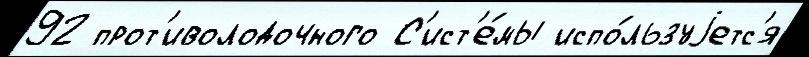
92 прот'иволодочного С'ист'е́мы испо́льзуjетс'я